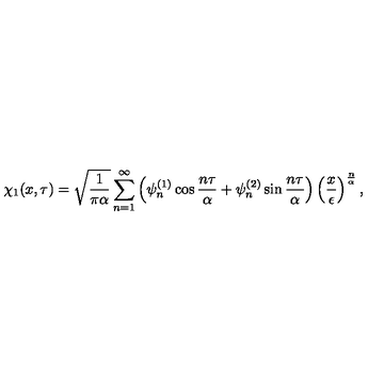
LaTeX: \chi _ { 1 } ( x , \tau ) = \sqrt { \frac { 1 } { \pi \alpha } } \sum _ { n = 1 } ^ { \infty } \left( \psi _ { n } ^ { ( 1 ) } \cos { \frac { n \tau } { \alpha } } + \psi _ { n } ^ { ( 2 ) } \sin { \frac { n \tau } { \alpha } } \right) \left( { \frac { x } { \epsilon } } \right) ^ { \frac { n } { \alpha } } ,